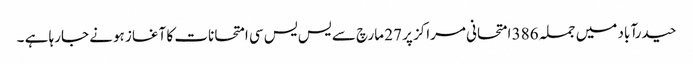
حیدرآباد میں جملہ 386 امتحانی مراکز پر 27 مارچ سے یس یس سی امتحانات کا آغاز ہونے جارہا ہے ۔